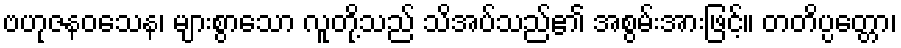
ဗဟုဇနဝသေန၊ များစွာသော လူတို့သည် သိအပ်သည်၏ အစွမ်းအားဖြင့်။ တတိပ္ပတ္တော၊